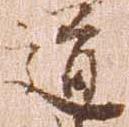
道